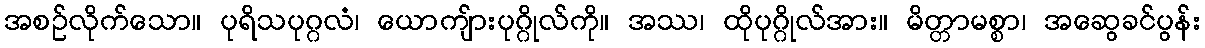
အစဉ်လိုက်သော။ ပုရိသပုဂ္ဂလံ၊ ယောကျ်ားပုဂ္ဂိုလ်ကို။ အဿ၊ ထိုပုဂ္ဂိုလ်အား။ မိတ္တာမစ္စာ၊ အဆွေခင်ပွန်း